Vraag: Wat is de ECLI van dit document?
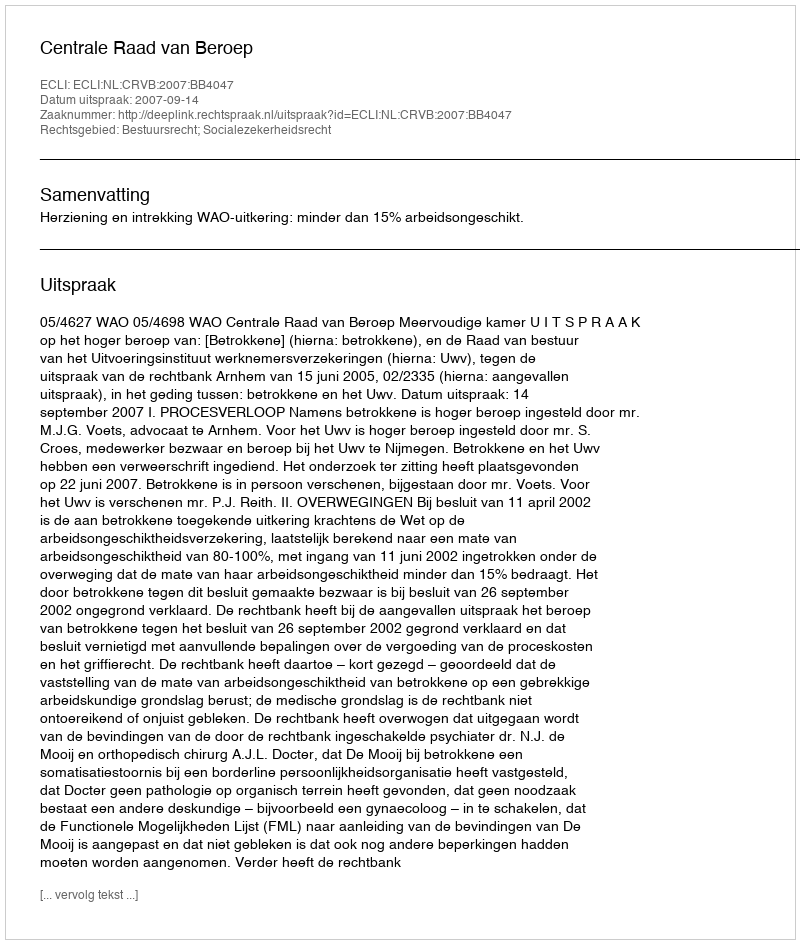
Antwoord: ECLI:NL:CRVB:2007:BB4047